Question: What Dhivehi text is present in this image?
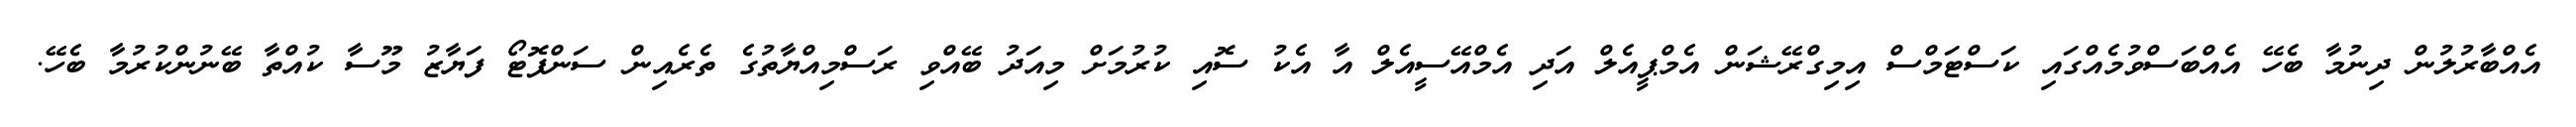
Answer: އެއްބާރުލުން ދިނުމާ ބެހޭ އެއްބަސްވުމެއްގައި ކަސްޓަމްސް އިމިގްރޭޝަން އެމްޕީއެލް އަދި އެމްއޭސީއެލް އާ އެކު ސޮއި ކުރުމަށް މިއަދު ބޭއްވި ރަސްމިއްޔާތުގެ ތެރެއިން ސަންފޮޓޯ ފަޔާޒު މޫސާ ކުއްތާ ބޭނުންކުރުމާ ބެހޭ.